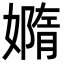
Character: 嫷